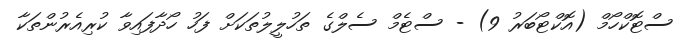
ސްޓޮކްހޯމް (އޮކްޓޯބަރު 9) - ސްޓެމް ސެލްގެ ތަހުލީލުތަކަށް ފަހު ހޯދާފައިވާ ކުރިއެރުންތަކާ